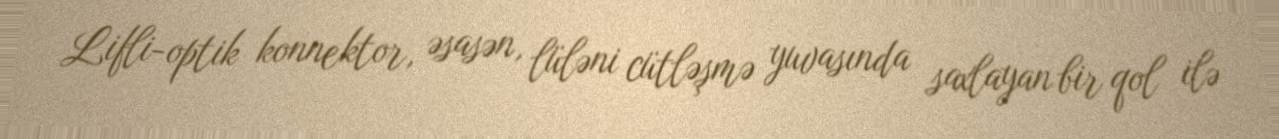
Lifli-optik konnektor, əsasən, lüləni cütləşmə yuvasında saxlayan bir qol ilə